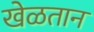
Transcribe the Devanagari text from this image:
खेळतान